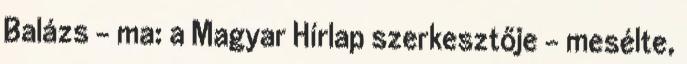
Balázs – ma: a Magyar Hírlap szerkesztője – mesélte,